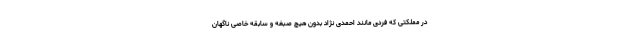
در مملکتی که فردی مانند احمدی نژاد بدون هیچ صبغه و سابقه خاصی ناگهان